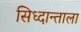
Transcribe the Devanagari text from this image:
सिध्दान्ताला